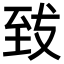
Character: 𮍠